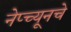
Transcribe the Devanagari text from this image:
नेप्च्यूनचे